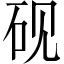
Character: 砚